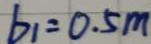
b _ { 1 } = 0 . 5 m